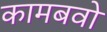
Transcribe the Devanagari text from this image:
कामबवो